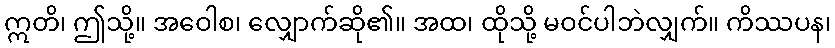
ဣတိ၊ ဤသို့။ အဝေါစ၊ လျှောက်ဆို၏။ အထ၊ ထိုသို့ မဝင်ပါဘဲလျှက်။ ကိဿပန၊